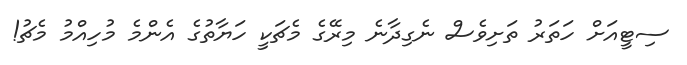
ސިޓީއަށް ހަތަރު ތަށިވެސް ނެގިދާނެ މިރޭގެ މެޗަކީ ހަޔާތުގެ އެންމެ މުހިއްމު މެޗު!